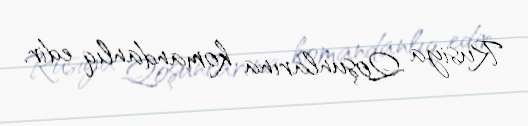
Rusiya Qoşunlarına komandanlıq edir.